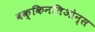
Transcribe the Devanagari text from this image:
वक्किनतिओन्स